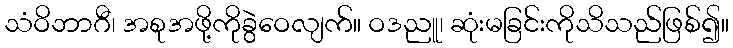
သံဝိဘာဂီ၊ အစုအဖို့ကိုခွဲဝေလျက်။ ဝဒညူ၊ ဆုံးမခြင်းကိုသိသည်ဖြစ်၍။